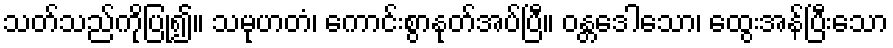
သတ်သည်ကိုပြု၍။ သမုဟတံ၊ ကောင်းစွာနုတ်အပ်ပြီ။ ဝန္တဒေါသော၊ ထွေးအန်ပြီးသော